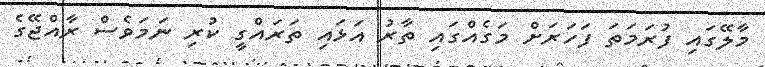
މާލޭގައި ފުރަމަތަ ފަހަރަށް މަގެއްގައި ތާރު އަޅައި ތަރައްގީ ކުރި ނަމަވެސް ރާއްޖޭގެ